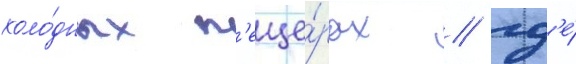
холо́дных п'еще́рах / гд'е́